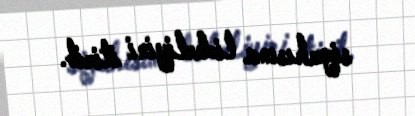
siyahısına liderliyini itirib.